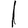
Digit: 1